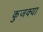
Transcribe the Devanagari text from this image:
कुजक्या